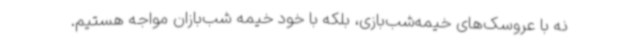
نه با عروسک‌های خیمه‌شب‌بازی، بلکه با خود خیمه شب‌بازان مواجه هستیم.